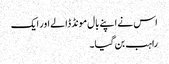
اس نے اپنے بال مونڈ ڈالے اور ایک
راہب بن گیا۔